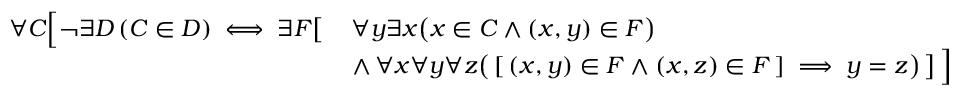
{ \begin{array} { r l } { \forall C { \Bigl [ } \lnot \exists D \left( C \in D \right) \iff \exists F { \bigl [ } } & { \, \forall y \exists x { \bigl ( } x \in C \land ( x , y ) \in F { \bigr ) } } \\ & { \, \land \, \forall x \forall y \forall z { \bigl ( } \, [ \, ( x , y ) \in F \land ( x , z ) \in F \, ] \implies y = z { \bigr ) } \, { \bigr ] } \, { \Bigr ] } } \end{array} }